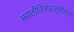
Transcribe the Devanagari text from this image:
मराठीचित्रपटसृष्टीतल्या